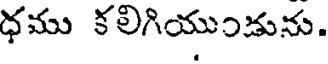
ధము కలిగియుండును.